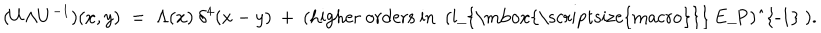
( U \Lambda U ^ { - 1 } ) ( x , y ) \; = \; \Lambda ( x ) \: \delta ^ { 4 } ( x - y ) \: + \: { \mathrm { ( h i g h e r ~ o r d e r s ~ i n ~ ( l _ { \mathrm { \scriptsize { m a c r o } } } ~ E _ { P } ) ^ { - 1 } ~ ) } } .